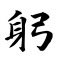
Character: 躬